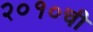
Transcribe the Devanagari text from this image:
२०१०ची